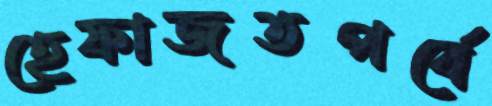
হেফাজতপর্বে